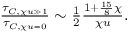
\begin{array} { r } { \frac { \tau _ { C , \chi u \gg 1 } } { \tau _ { C , \chi u = 0 } } \sim \frac { 1 } { 2 } \frac { 1 + \frac { 1 5 } { 8 } \chi } { \chi u } . } \end{array}